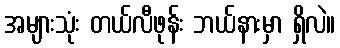
အများသုံး တယ်လီဖုန်း ဘယ်နားမှာ ရှိလဲ။